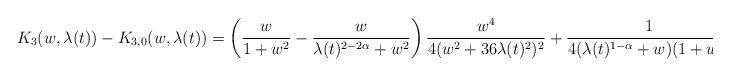
LaTeX: \begin{align*} K_{3}(w,\lambda(t))-K_{3,0}(w,\lambda(t)) = \left(\frac{w}{1+w^{2}}-\frac{w}{\lambda(t)^{2-2\alpha}+w^{2}}\right) \frac{w^{4}}{4(w^{2}+36\lambda(t)^{2})^{2}} + \frac{1}{4(\lambda(t)^{1-\alpha}+w)(1+w)^{3}}\end{align*}